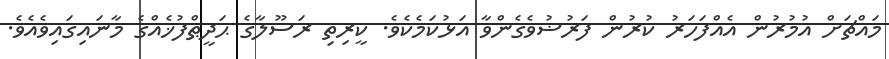
މައްޗަށް އުމުރުން އެއްފަހަރު ކުރުން ފަރުޟުވެގެންވާ އަޅުކަމެކެވެ. ކީރިތި ރަސޫލާގެ ޙަދީޠްފުޚެއްގެ މާނަައިގައިވެއެވެ.